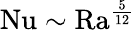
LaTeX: \mathrm{{Nu}}\sim\mathrm{{Ra}}^{\frac{5}{12}}